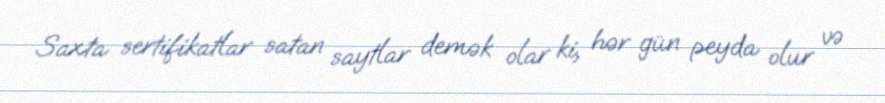
Saxta sertifikatlar satan saytlar demək olar ki, hər gün peyda olur və